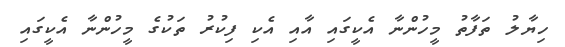
ހިޔާލު ތަފާތު މީހުންނާ އެކީގައި އާއި އެކި ފިކުރު ތަކުގެ މީހުންނާ އެކީގައި